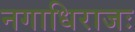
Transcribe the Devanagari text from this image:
नगाधिराजः